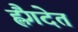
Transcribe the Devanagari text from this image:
ह्लैंगदेत